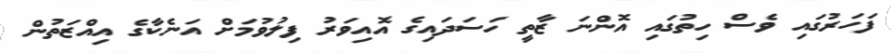
ފަހަރުގައި ވެސް ހިތުގައި އޮންނަ ޒާތީ ހަސަދައިގެ އޮއިވަރު ފިލުވުމަށް އަނެކާގެ އިއްޒަތުން